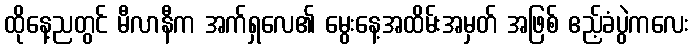
ထိုနေ့ညတွင် မီလာနီက အက်ရှလေ၏ မွေးနေ့အထိမ်းအမှတ် အဖြစ် ဧည့်ခံပွဲကလေး